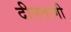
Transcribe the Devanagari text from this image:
दीनवाणी